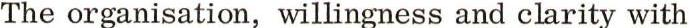
The organisation, willingness and clarity with